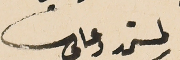
لمستمد دعاىى